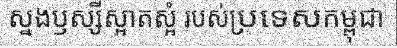
ស្នងឫស្សីស្អាតស្អំ របស់ប្រទេសកម្ពុជា